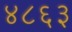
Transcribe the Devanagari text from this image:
४८६३